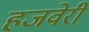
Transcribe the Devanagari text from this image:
हजवेरी